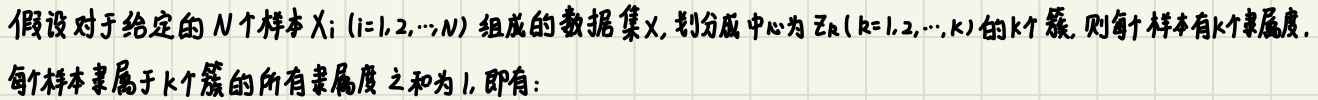
假设对于给定的$N$个样本$X_i (i = 1,2,\cdots,N)$组成的数据集$X$，划分成中心为$Z_k (k = 1,2,\cdots,K)$的$K$个簇，则每个样本有$K$个隶属度。每个样本隶属于$K$个簇的所有隶属度之和为$1$，即有：